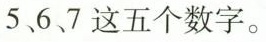
5、6、7这五个数字。